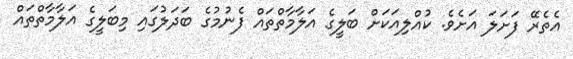
އެތެރޭ ފަށަލަ އަށެވެ. ކުއްލިއަކަށް ބަލީގެ އަލާމާތްތައް ފެނުމުގެ ބަދަލުގައި މިބަލީގެ އަލާމާތްތައް